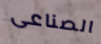
الصناعى